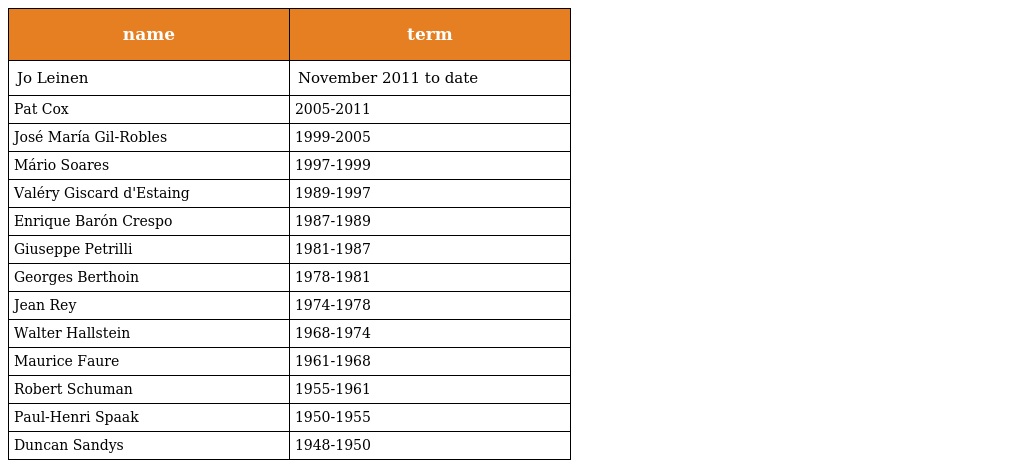
| name | term |
 | --- | --- |
 | Jo Leinen | November 2011 to date |
 | Pat Cox | 2005-2011 |
 | José María Gil-Robles | 1999-2005 |
 | Mário Soares | 1997-1999 |
 | Valéry Giscard d'Estaing | 1989-1997 |
 | Enrique Barón Crespo | 1987-1989 |
 | Giuseppe Petrilli | 1981-1987 |
 | Georges Berthoin | 1978-1981 |
 | Jean Rey | 1974-1978 |
 | Walter Hallstein | 1968-1974 |
 | Maurice Faure | 1961-1968 |
 | Robert Schuman | 1955-1961 |
 | Paul-Henri Spaak | 1950-1955 |
 | Duncan Sandys | 1948-1950 |